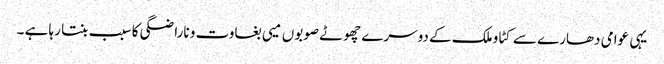
یہی عوامی دھارے سے کٹاو ملک کے دوسرے چھوٹے صوبوں میی بغاوت و ناراضگی کا سبب بنتا رہا ہے ۔